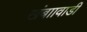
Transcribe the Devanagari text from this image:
खंबाावाडी